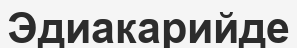
Эдиакарийде